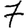
Digit: 7